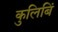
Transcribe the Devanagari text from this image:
कुलिबिं